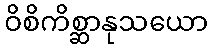
ဝိစိကိစ္ဆာနုသယော